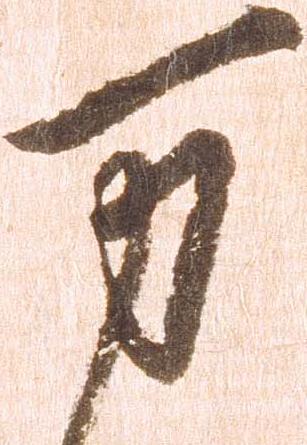
万